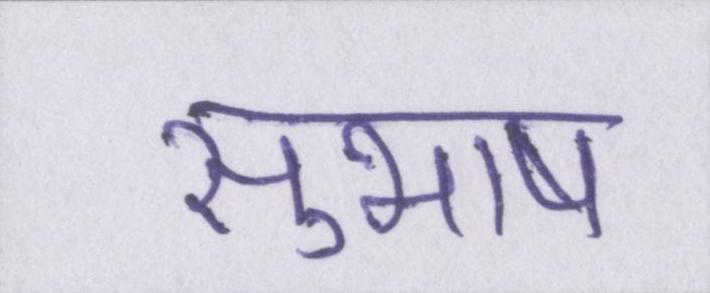
सुभाष